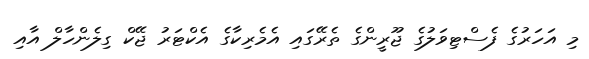
މި އަހަރުގެ ފެސްޓިވަލުގެ ޖޫރީންގެ ތެރޭގައި އެމެރިކާގެ އެކްޓަރު ޖޭކް ގިލެންހާލް އާއި